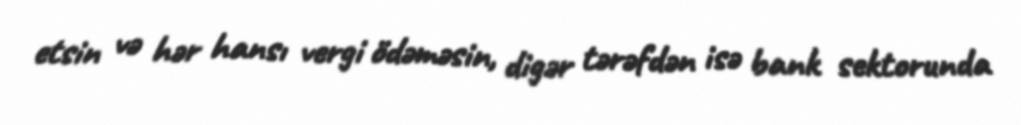
etsin və hər hansı vergi ödəməsin, digər tərəfdən isə bank sektorunda